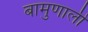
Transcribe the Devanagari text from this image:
बामुणाली